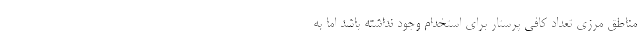
مناطق مرزی تعداد کافی پرستار برای استخدام وجود نداشته باشد اما به